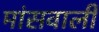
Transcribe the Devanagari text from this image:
मांसवाली